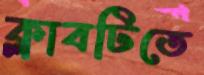
ক্লাবটিতে